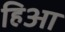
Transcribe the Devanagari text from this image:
हिआ